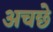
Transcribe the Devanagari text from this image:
अचछे